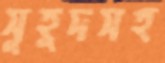
সুহূদসহ